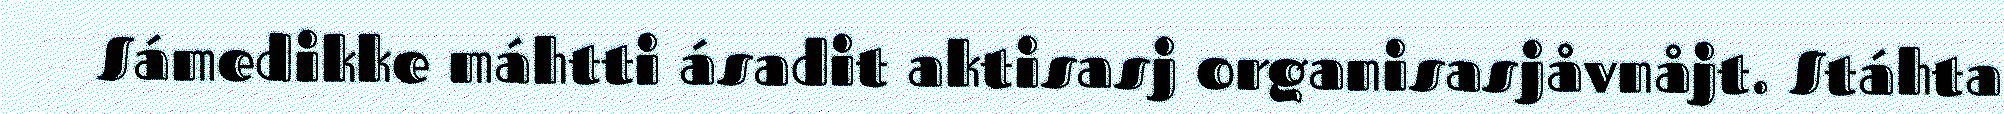
Sámedikke máhtti ásadit aktisasj organisasjåvnåjt. Stáhta